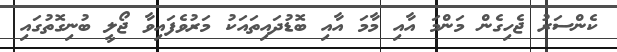
ކެންސަރު ޖެހިގެން މަންމަ އާއި މާމަ އާއި ބޮޑުދައިތައަކު މަރުވެފައިވާ ޖޯލީ ބުނިގޮތުގައި